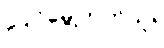
ပျော်မွေ့တတ်သူ။